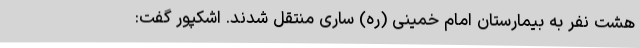
هشت نفر به بیمارستان امام خمینی (ره) ساری منتقل شدند. اشکپور گفت: